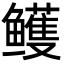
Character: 鳠